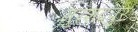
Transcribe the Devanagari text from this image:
मुरशदपुर